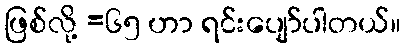
ဖြစ်လို့ =၆၅ ဟာ ရင်းပျော်ပါတယ်။